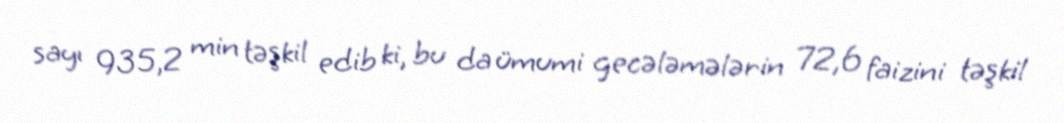
sayı 935,2 min təşkil edib ki, bu da ümumi gecələmələrin 72,6 faizini təşkil